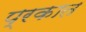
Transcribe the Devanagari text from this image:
प्रकात